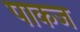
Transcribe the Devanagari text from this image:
पाकज